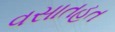
વસાતહત